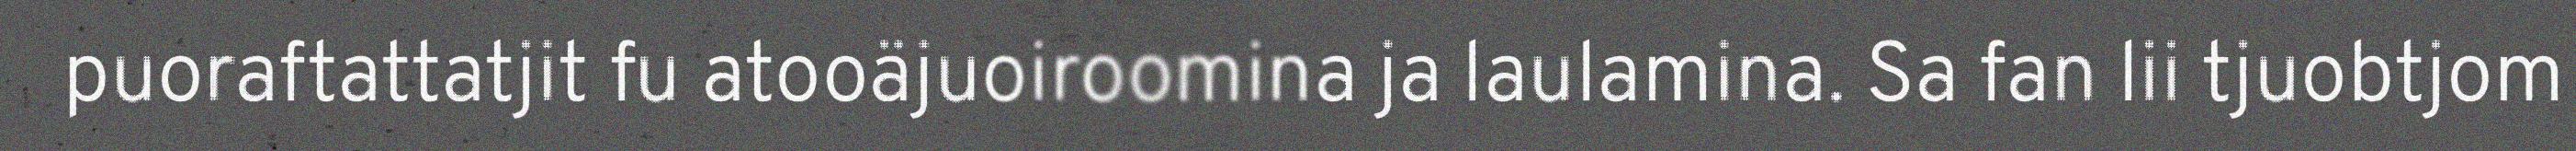
puoraftattatjit fu atooäjuoiroomina ja laulamina. Sa fan lii tjuobtjom